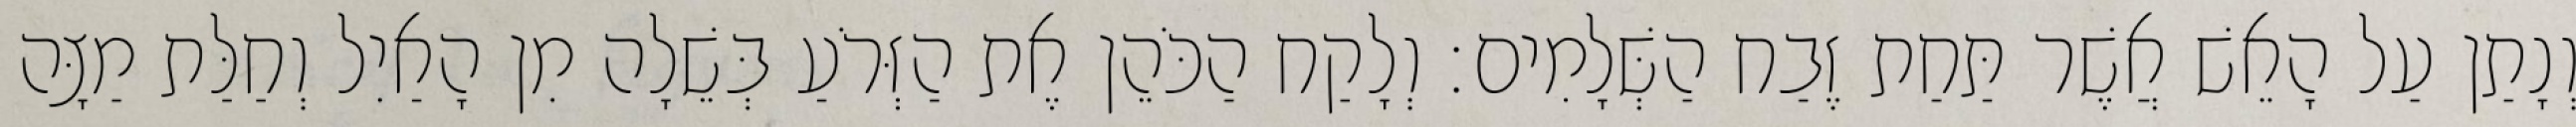
וְנָתַן עַל הָאֵשׁ אֲשֶׁר תַּחַת זֶבַח הַשְּׁלָמִים׃ וְלָקַח הַכֹּהֵן אֶת הַזְּרֹעַ בְּשֵׁלָה מִן הָאַיִל וְחַלַּת מַצָּה